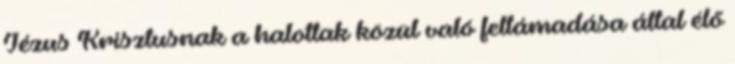
Jézus Krisztusnak a halottak közül való feltámadása által élő